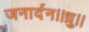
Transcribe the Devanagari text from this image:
जनार्दन।।ध्रु।।